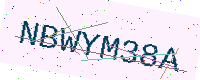
Text: NBWYM38A